Indian journal of veterinary science and animal husbandry - Volumes 18-21, 1948-1951
Year: 1948
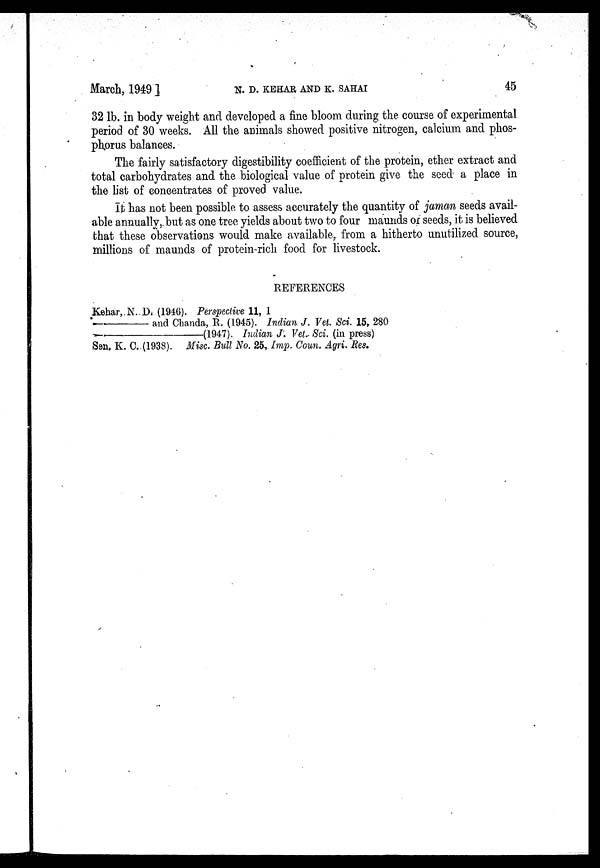
March, 1949 ]
N.
D.
KEHAR
AND
K.
SAHAI
45
32 lb. in body weight and developed a fine bloom during the course of experimental
period of 30 weeks. All the animals showed positive nitrogen, calcium and phos-
phorus balances.
The fairly satisfactory digestibility coefficient of the protein, ether extract and
total carbohydrates and the biological value of protein give the seed a place in
the list of concentrates of proved value.
It has not been possible to assess accurately the quantity of jaman seeds avail-
able annually, but as one tree yields about two to four maunds or seeds, it is believed
that these observations would make available, from a hitherto unutilized source,
millions of maunds of protein-rich food for livestock.
REFERENCES
Kehar, N. D. (1946). Perspective 11, 1
—and
Chanda, R. (1945). Indian J. Vet. Sci. 15, 280
——(1947).
Indian J. Vet. Sci. (in press)
Sen. K. C. (1938). Misc. Bull No. 25, Imp. Coun. Agri. Res.